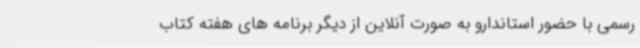
رسمی با حضور استاندارو به صورت آنلاین از دیگر برنامه های هفته کتاب